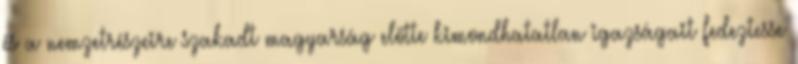
és a nemzetrészeire szakadt magyarság előtte kimondhatatlan igazságait fedeztesse